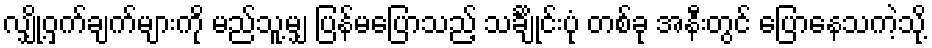
လျှို့ဝှက်ချက်များကို မည်သူ့မျှ ပြန်မပြောသည့် သင်္ချိုင်းပုံ တစ်ခု အနီးတွင် ပြောနေသကဲ့သို့